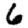
Digit: 6